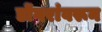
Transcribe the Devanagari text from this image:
डोंगरांवरून